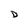
Character: D